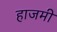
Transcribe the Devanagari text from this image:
हाजमी